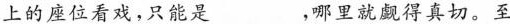
上的座位看戏，只能是___，哪里就觑得真切。至